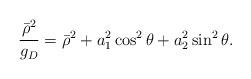
LaTeX: \begin{align*}{\bar{\rho}^2 \over g_D} = \bar{\rho}^2 + a_1^2 \cos^2\theta + a_2^2 \sin^2\theta.\end{align*}